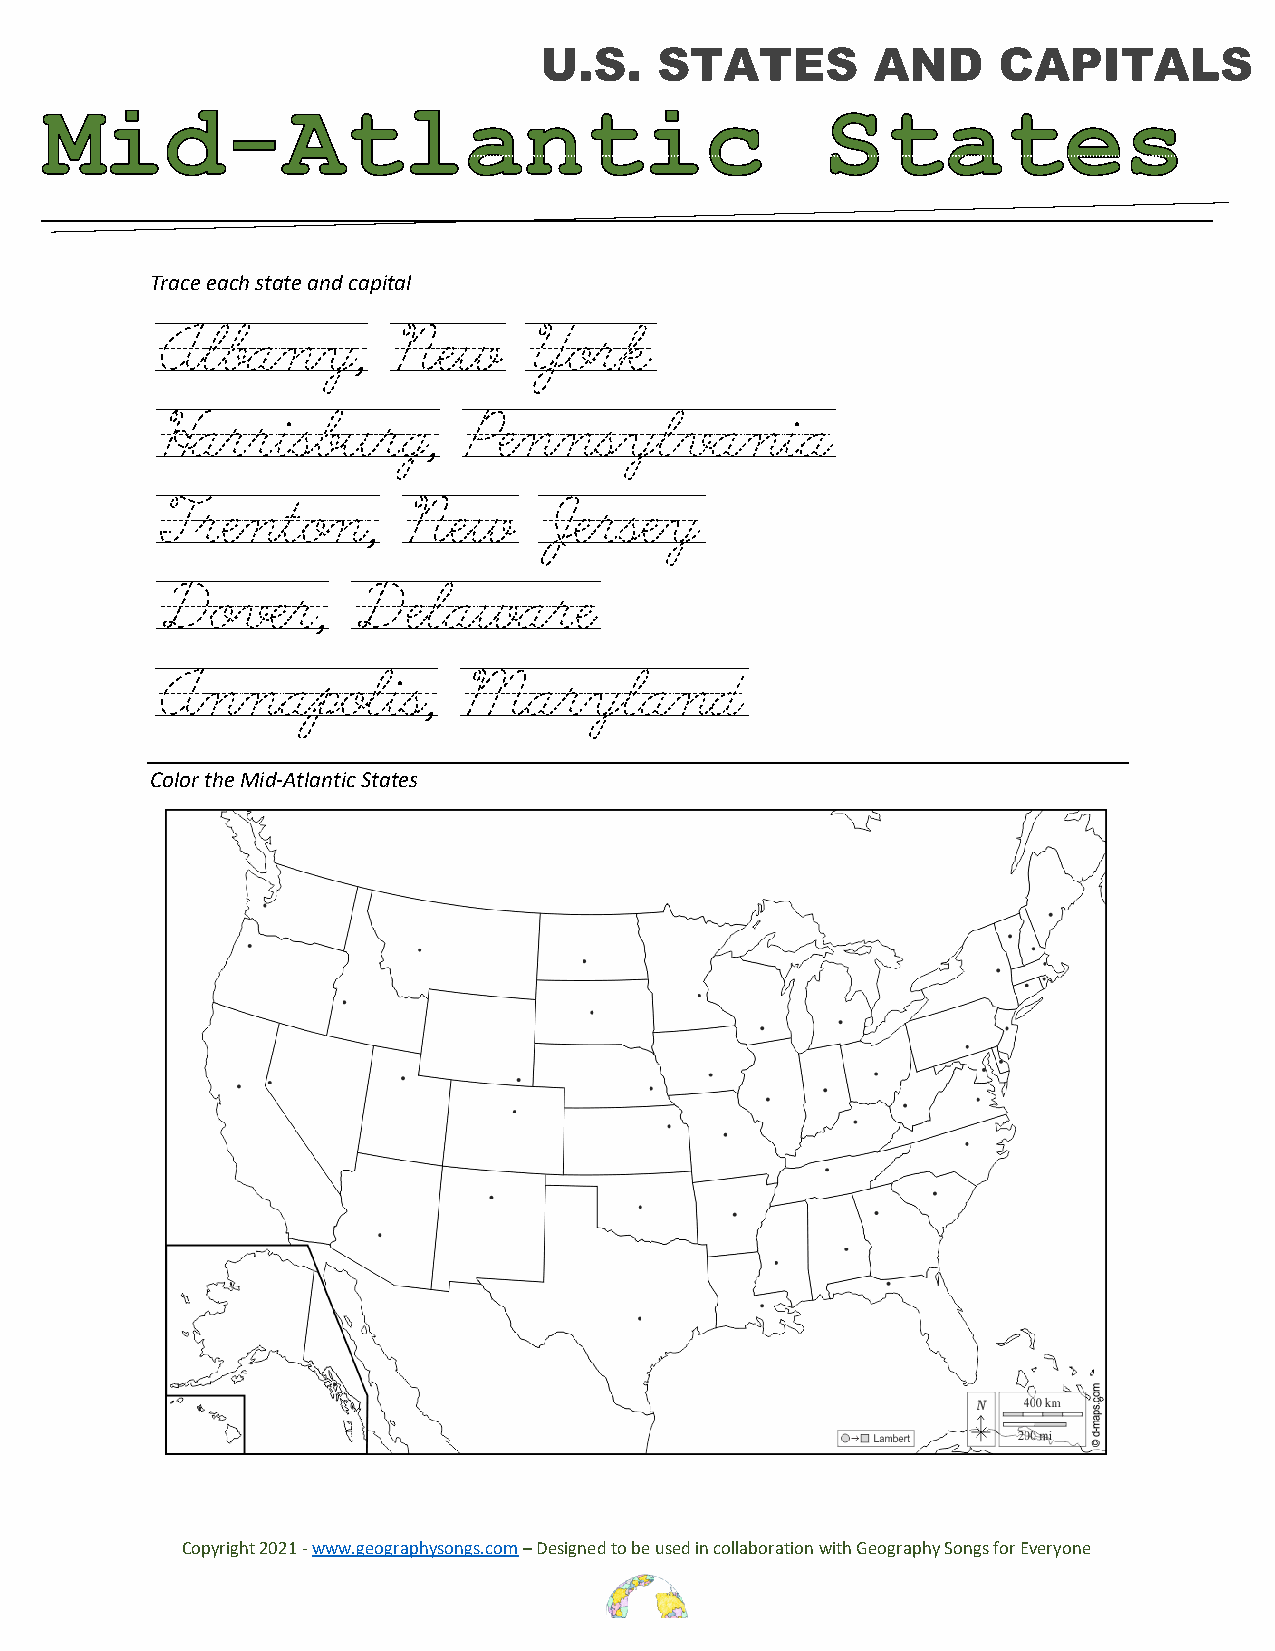
Trace each state and capital
 Albany,        New      York
 Harrisburg,         Pennsylvania
 Trenton,        New      Jersey
 Dover,       Delaware
 Annapolis,          Maryland
 Color the Mid-Atlantic States
 Copyright 2021 - www.geographysongs.com – Designed to be used in collaboration with Geography Songs for Everyone